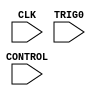
///////////////////////////////////////////////////////////////////////////////
// Copyright (c) 2015 Xilinx, Inc.
// All Rights Reserved
///////////////////////////////////////////////////////////////////////////////
//   ____  ____
//  /   /\/   /
// /___/  \  /    Vendor     : Xilinx
// \   \   \/     Version    : 14.7
//  \   \         Application: Xilinx CORE Generator
//  /   /         Filename   : bsg_gateway_chipscope_ila.v
// /___/   /\     Timestamp  : Thu Oct 15 17:54:59 PDT 2015
// \   \  /  \
//  \___\/\___\
//
// Design Name: Verilog Synthesis Wrapper
///////////////////////////////////////////////////////////////////////////////
// This wrapper is used to integrate with Project Navigator and PlanAhead

`timescale 1ns/1ps

module bsg_gateway_chipscope_ila(
    CONTROL,
    CLK,
    TRIG0) /* synthesis syn_black_box syn_noprune=1 */;


input [35 : 0] CONTROL;
input CLK;
input [255 : 0] TRIG0;

endmodule